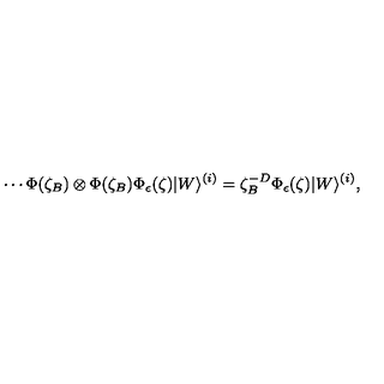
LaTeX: \cdots \Phi ( \zeta _ { B } ) \otimes \Phi ( \zeta _ { B } ) \Phi _ { \epsilon } ( \zeta ) | W \rangle ^ { ( i ) } = \zeta _ { B } ^ { - D } \Phi _ { \epsilon } ( \zeta ) | W \rangle ^ { ( i ) } ,